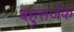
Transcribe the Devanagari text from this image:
बहुसर्जक